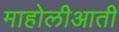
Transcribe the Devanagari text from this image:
माहोलीआती